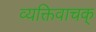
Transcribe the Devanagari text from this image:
व्यक्तिवाचक्